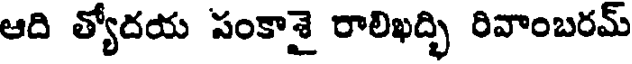
ఆది త్యోదయ సంకాశై రాలిఖద్భి రివాంబరమ్